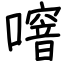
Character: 噾